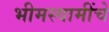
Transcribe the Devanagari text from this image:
भीमस्वामींचे